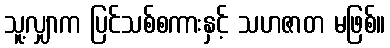
သူ့လျှာက ပြင်သစ်စကားနှင့် သဟဇာတ မဖြစ်။